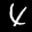
Label: 4